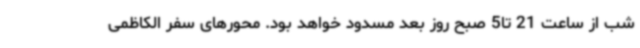
شب از ساعت 21 تا5 صبح روز بعد مسدود خواهد بود. محورهای سفر الکاظمی